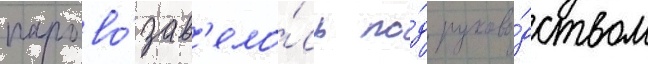
парово́за в'ело́сь по́д руково́дством